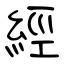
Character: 經